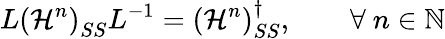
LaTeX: L\left(\mathcal{H}^{n}\right)_{SS}L^{-1}=\left(\mathcal{H}^{n}\right)_{SS}^{\dagger},\qquad\forall\ n\in\mathbb{N}